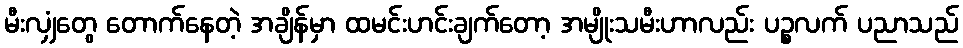
မီးလျှံတွေ တောက်နေတဲ့ အချိန်မှာ ထမင်းဟင်းချက်တော့ အမျိုးသမီးဟာလည်း ပဉ္စလက် ပညာသည်